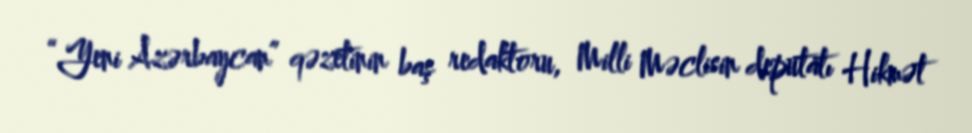
“Yeni Azərbaycan” qəzetinin baş redaktoru, Milli Məclisin deputatı Hikmət